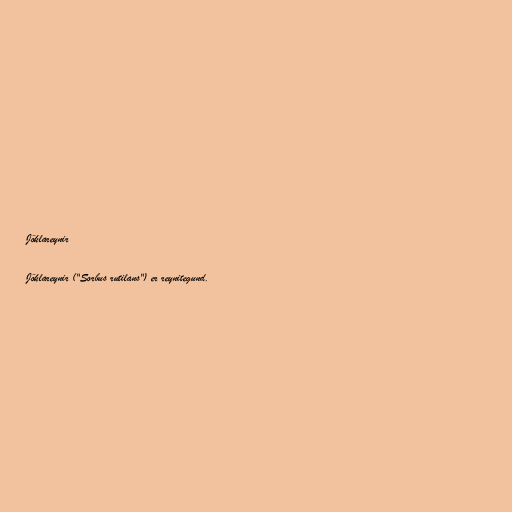
Jöklareynir

Jöklareynir ("Sorbus rutilans") er reynitegund.